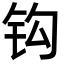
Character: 钩